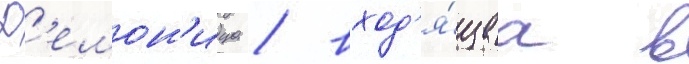
Д'емон'ица / вход'я́щаа в